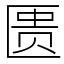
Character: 匮